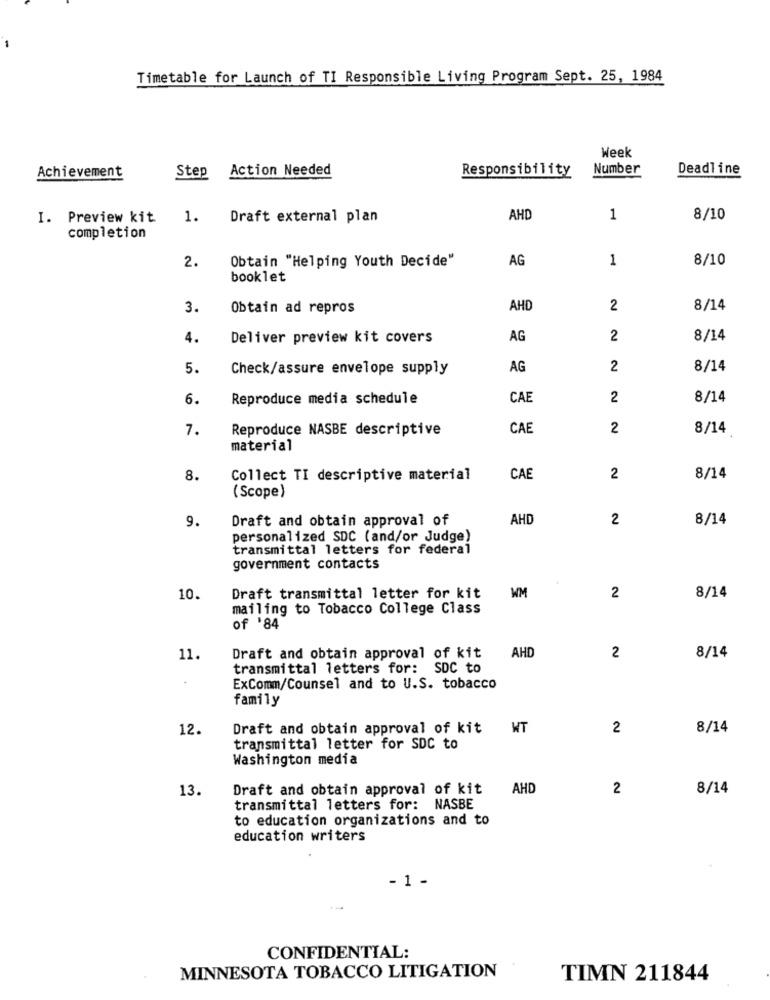
Timetable for Launch of TI Responsible Living Program Sept. 25, 1984
Week
Step Action Needed
Responsibility
Number
Deadline
Achievement
I. Preview kit.
1.
Draft external plan
AHD
1
8/10
completion
Obtain "Helping Youth Decide"
AG
1
8/10
2.
booklet
3.
Obtain ad repros
AHC
2
8/14
4.
Deliver preview kit covers
AG
2
8/14
5.
Check/assure envelope supply
AG
2
8/14
6.
Reproduce media schedule
CAE
2
8/14
7.
Reproduce NASBE descriptive
CAE
2
8/14
material
8.
Collect TI descriptive material
CAE
2
8/14
( Scope
Draft and obtain approval of
AHD
2
8/14
9.
personalized SDC (and/or Judge)
transmittal letters for federal
government contacts
10.
Draft transmittal letter for kit
WM
2
8/14
mailing to Tobacco College Class
of '84
AHD
11
Draft and obtain approval of kit
2
8/14
transmittal letters for: SDC to
ExComm/Counsel and to U.S. tobacco
family
12.
Draft and obtain approval of kit
WT
2
8/14
transmittal letter for SDC to
Washington media
13.
Draft and obtain approval of kit
AHD
2
8/14
transmittal letters for: NASBE
to education organizations and to
education writers
- 1 -
CONFIDENTIAL:
MINNESOTA TOBACCO LITIGATION
TIMN 211844